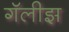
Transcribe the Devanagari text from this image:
गॅलीझ